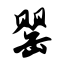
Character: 罂